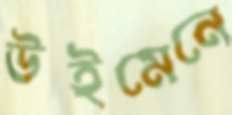
উইমেনে